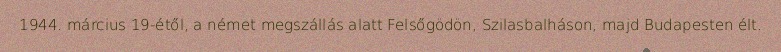
1944. március 19-étől, a német megszállás alatt Felsőgödön, Szilasbalháson, majd Budapesten élt.